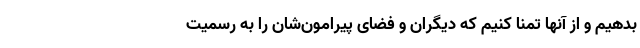
بدهیم و از آنها تمنا کنیم که دیگران و فضای پیرامون‌شان را به رسمیت